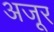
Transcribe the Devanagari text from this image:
अजूर